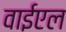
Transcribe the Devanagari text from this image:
वाईएल